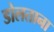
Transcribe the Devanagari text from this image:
डोलताना